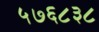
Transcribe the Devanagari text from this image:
५७६८३८